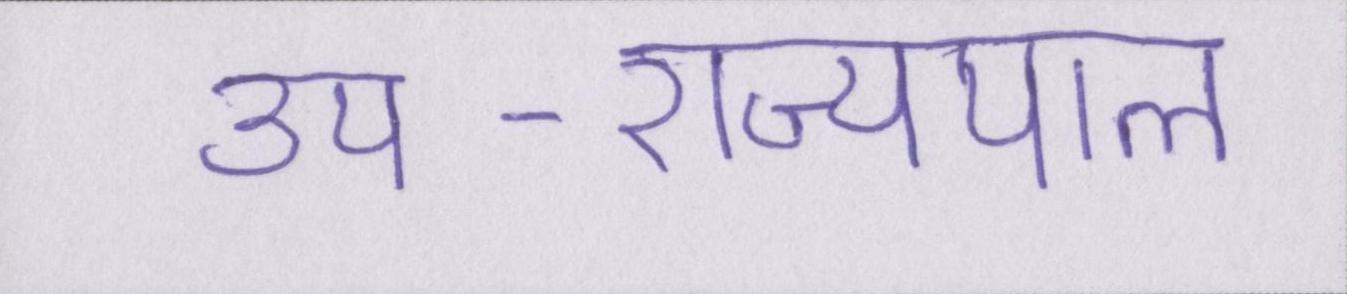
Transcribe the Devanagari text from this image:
उप-राज्यपाल